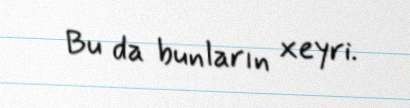
Bu da bunların xeyri.